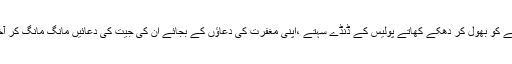
ووٹ ڈالتے وقت کھانے پینے کو بھول کر دھکے کھاتے پولیس کے ڈنڈے سہتے ،اپنی مغفرت کی دعاؤں کے بجائے ان کی جیت کی دعائیں مانگ مانگ کر آخر اسمبلی تک پہنچاتے ہیں۔